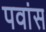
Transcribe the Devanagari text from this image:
पवांस